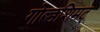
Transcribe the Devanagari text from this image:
गोल्डशिमट्